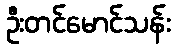
ဦးတင်မောင်သန်း